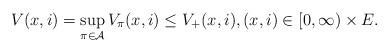
LaTeX: \begin{align*}V(x,i)=\sup_{\pi\in\mathcal{A}}V_{\pi}(x, i)\leq V_+(x, i),(x,i)\in [0,\infty) \times E. \end{align*}